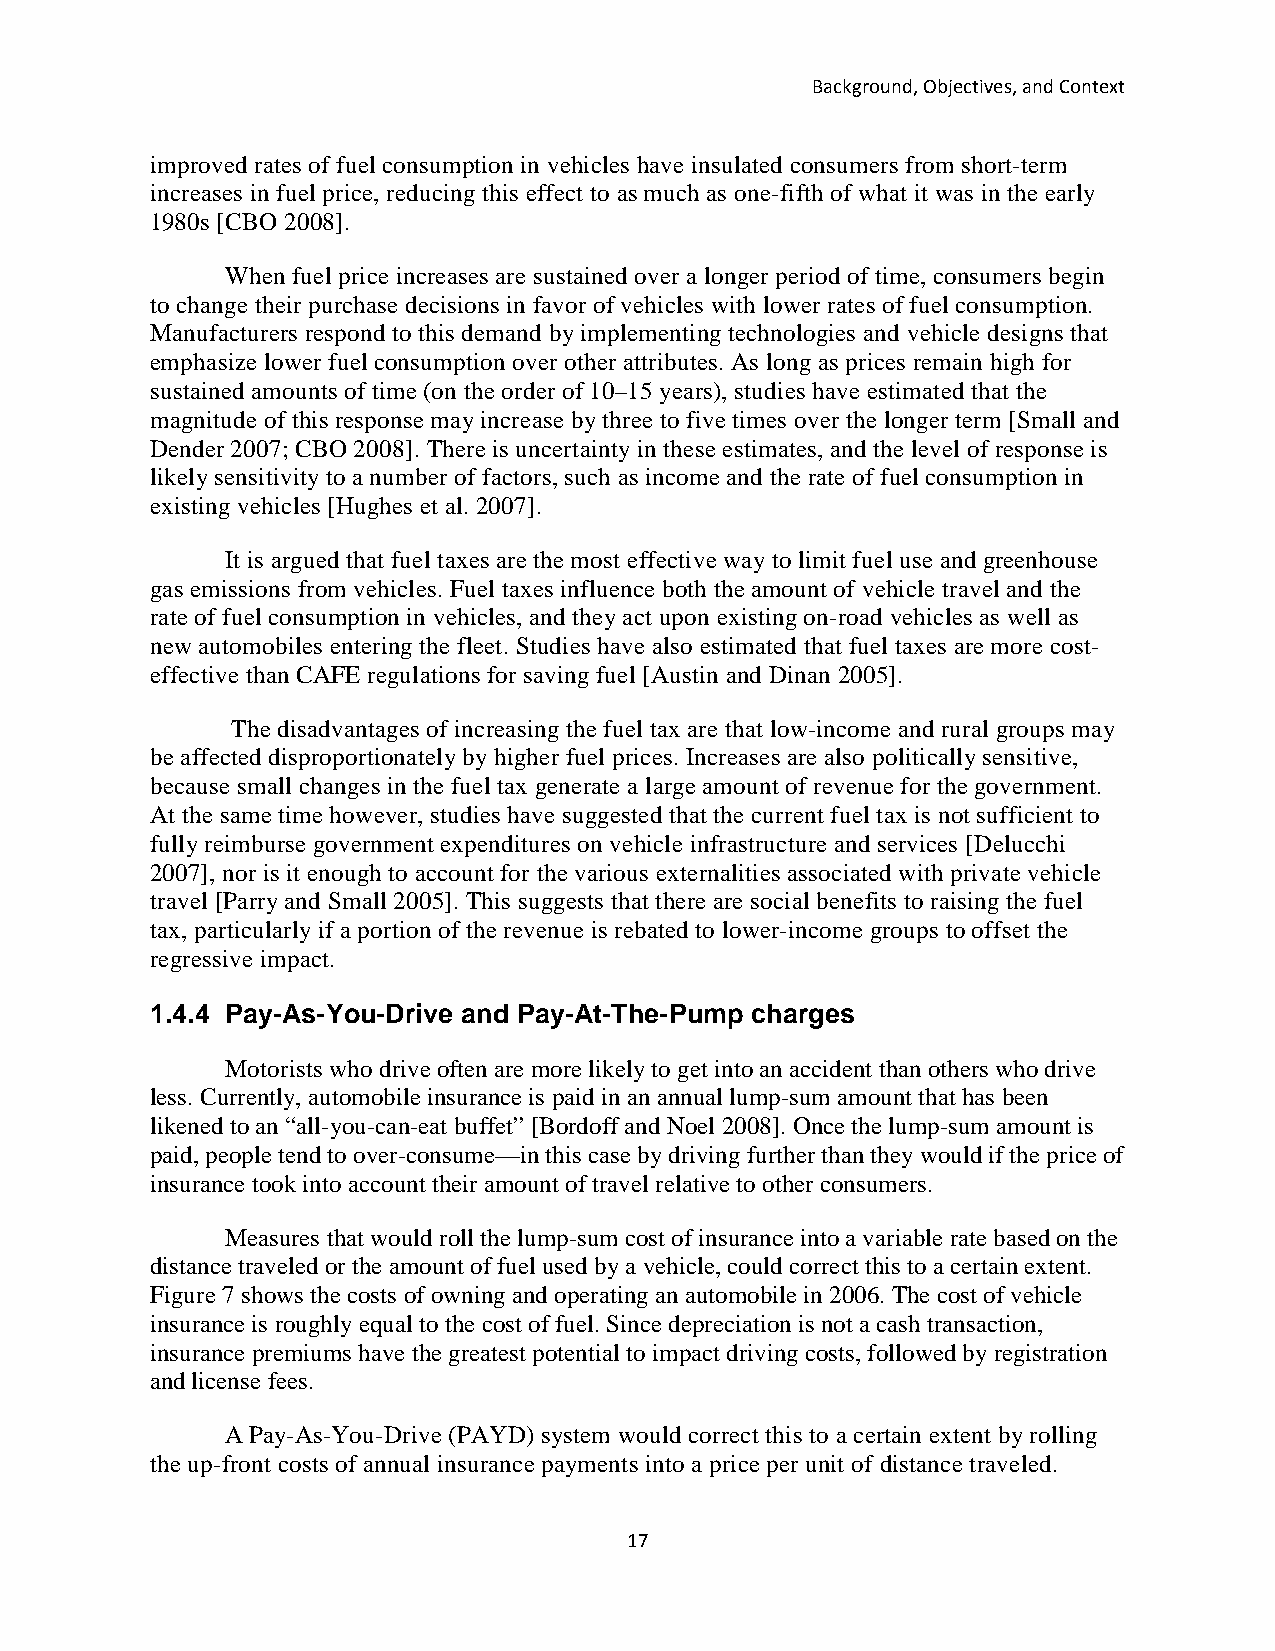
Background, Objectives, and Context
 improved rates of fuel consumption in vehicles have insulated consumers from short-term
 increases in fuel price, reducing this effect to as much as one-fifth of what it was in the early
 1980s [CBO 2008].
 When fuel price increases are sustained over a longer period of time, consumers begin
 to change their purchase decisions in favor of vehicles with lower rates of fuel consumption.
 Manufacturers respond to this demand by implementing technologies and vehicle designs that
 emphasize lower fuel consumption over other attributes. As long as prices remain high for
 sustained amounts of time (on the order of 10–15 years), studies have estimated that the
 magnitude of this response may increase by three to five times over the longer term [Small and
 Dender 2007; CBO 2008]. There is uncertainty in these estimates, and the level of response is
 likely sensitivity to a number of factors, such as income and the rate of fuel consumption in
 existing vehicles [Hughes et al. 2007].
 It is argued that fuel taxes are the most effective way to limit fuel use and greenhouse
 gas emissions from vehicles. Fuel taxes influence both the amount of vehicle travel and the
 rate of fuel consumption in vehicles, and they act upon existing on-road vehicles as well as
 new automobiles entering the fleet. Studies have also estimated that fuel taxes are more cost-
 effective than CAFE regulations for saving fuel [Austin and Dinan 2005].
 The disadvantages of increasing the fuel tax are that low-income and rural groups may
 be affected disproportionately by higher fuel prices. Increases are also politically sensitive,
 because small changes in the fuel tax generate a large amount of revenue for the government.
 At the same time however, studies have suggested that the current fuel tax is not sufficient to
 fully reimburse government expenditures on vehicle infrastructure and services [Delucchi
 2007], nor is it enough to account for the various externalities associated with private vehicle
 travel [Parry and Small 2005]. This suggests that there are social benefits to raising the fuel
 tax, particularly if a portion of the revenue is rebated to lower-income groups to offset the
 regressive impact.
 1.4.4 Pay-As-You-Drive and Pay-At-The-Pump charges
 Motorists who drive often are more likely to get into an accident than others who drive
 less. Currently, automobile insurance is paid in an annual lump-sum amount that has been
 likened to an “all-you-can-eat buffet” [Bordoff and Noel 2008]. Once the lump-sum amount is
 paid, people tend to over-consume—in this case by driving further than they would if the price of
 insurance took into account their amount of travel relative to other consumers.
 Measures that would roll the lump-sum cost of insurance into a variable rate based on the
 distance traveled or the amount of fuel used by a vehicle, could correct this to a certain extent.
 Figure 7 shows the costs of owning and operating an automobile in 2006. The cost of vehicle
 insurance is roughly equal to the cost of fuel. Since depreciation is not a cash transaction,
 insurance premiums have the greatest potential to impact driving costs, followed by registration
 and license fees.
 A Pay-As-You-Drive (PAYD) system would correct this to a certain extent by rolling
 the up-front costs of annual insurance payments into a price per unit of distance traveled.
 17